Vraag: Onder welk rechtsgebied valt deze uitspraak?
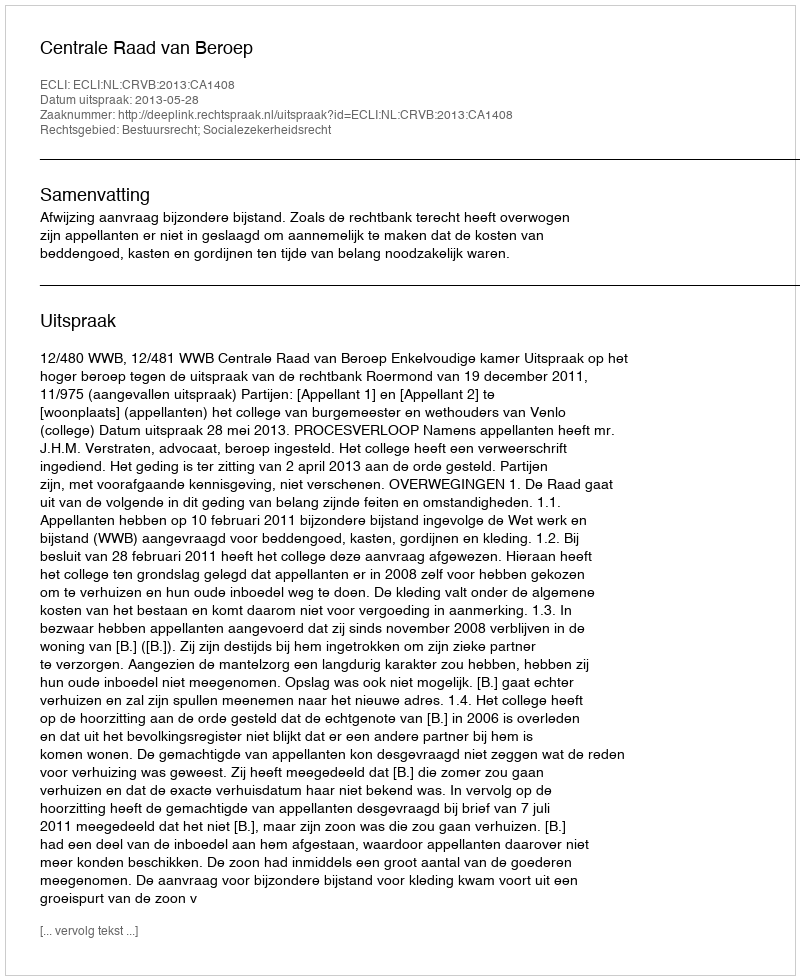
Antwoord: Bestuursrecht; Socialezekerheidsrecht